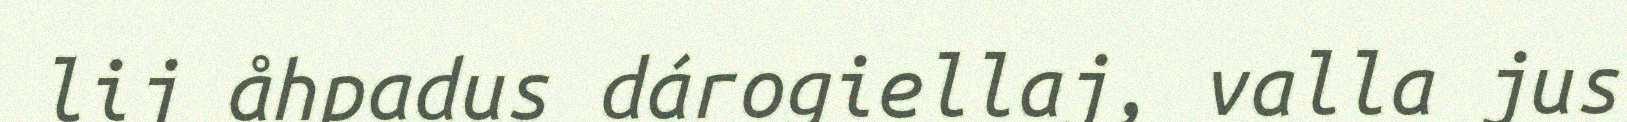
lij åhpadus dárogiellaj, valla jus